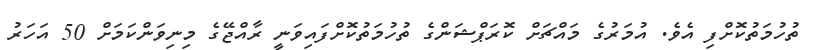
ތުހުމަތުކޮށްފި އެވެ. އުމަރުގެ މައްޗަށް ކޮރަޕްޝަންގެ ތުހުމަތުކޮށްފައިވަނީ ރާއްޖޭގެ މިނިވަންކަމަށް 50 އަހަރު